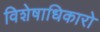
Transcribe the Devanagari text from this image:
विशेषाधिकारो